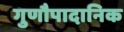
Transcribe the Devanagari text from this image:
गुणौपादानिक